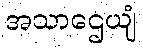
အသာဌေယျံ